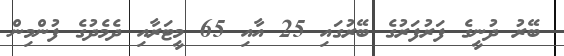
ބޭރު ދުނީގެ ފަރުފަރުގެ ބޭރުގައި 25 އާއި 65 މީޓަރާއި ދެމެދުގެ ފުންމިން